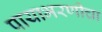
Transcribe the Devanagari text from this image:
पायाभरणीचा